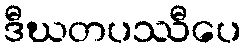
ဒီဃတပဿီပေ